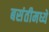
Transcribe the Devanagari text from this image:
बसंतीमध्ये